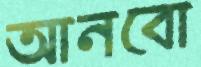
আনবো